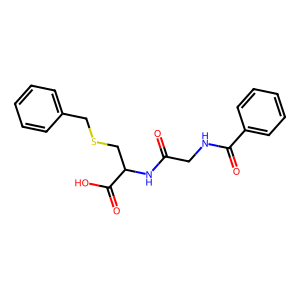
SMILES: O=C(CNC(=O)c1ccccc1)NC(CSCc1ccccc1)C(=O)O
Inhibits HIV replication: No